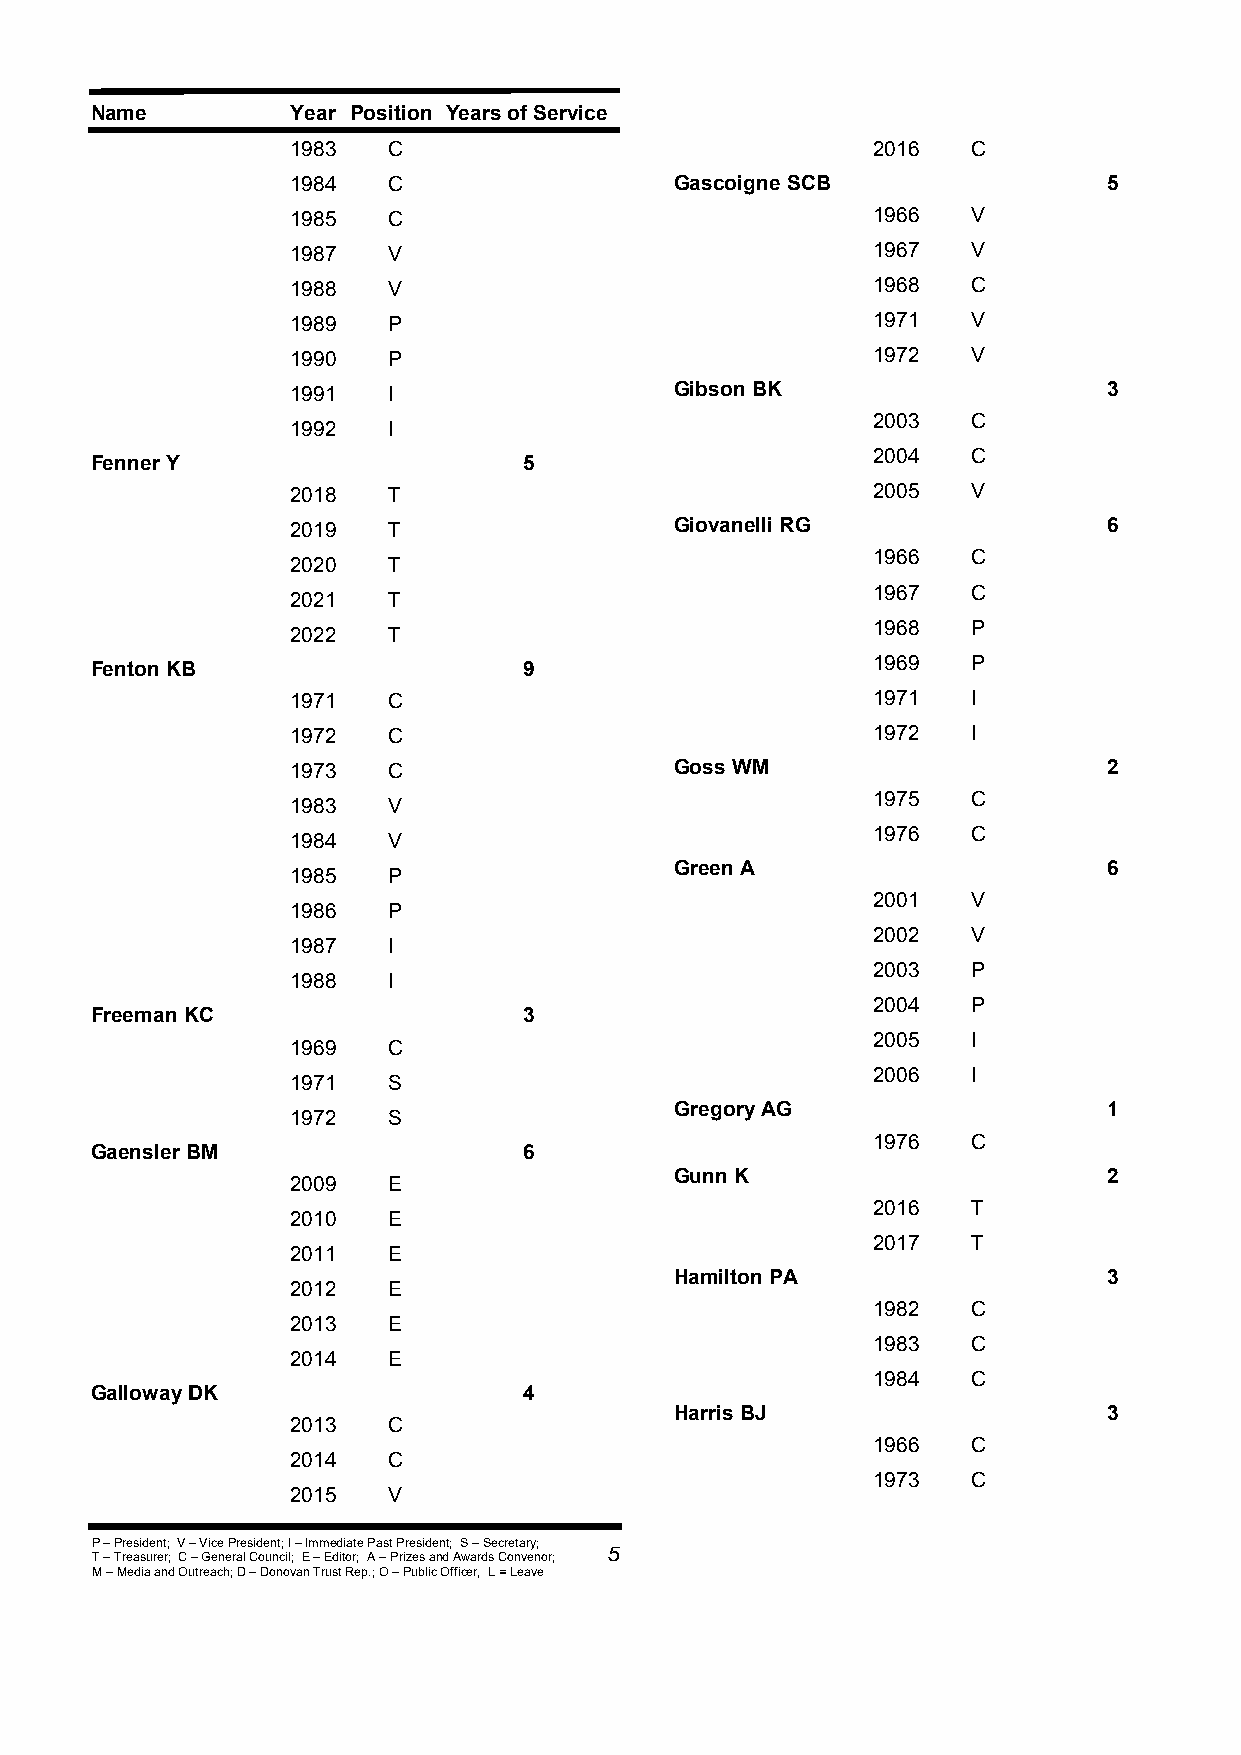
Name         Year Position Years of Service
 1983   C                               2016  C
 1984   C                  Gascoigne SCB               5
 1985   C                               1966  V
 1987   V                               1967  V
 1988   V                               1968  C
 1989   P                               1971  V
 1990   P                               1972  V
 1991   I                  Gibson BK                   3
 2003  C
 1992   I
 2004  C
 Fenner Y                     5
 2018   T                               2005  V
 2019   T                  Giovanelli RG               6
 1966  C
 2020   T
 1967  C
 2021   T
 1968  P
 2022   T
 1969  P
 Fenton KB                    9
 1971   C                               1971  I
 1972   C                               1972  I
 1973   C                  Goss WM                     2
 1975  C
 1983   V
 1976  C
 1984   V
 Green A                     6
 1985   P
 2001  V
 1986   P
 2002  V
 1987   I
 2003  P
 1988   I
 2004  P
 Freeman KC                   3
 2005  I
 1969   C
 2006  I
 1971   S
 Gregory AG                  1
 1972   S
 1976  C
 Gaensler BM                  6
 Gunn K                      2
 2009   E
 2016  T
 2010   E
 2017  T
 2011   E
 Hamilton PA                 3
 2012   E
 1982  C
 2013   E
 1983  C
 2014   E
 1984  C
 Galloway DK                  4
 Harris BJ                   3
 2013   C
 1966  C
 2014   C
 1973  C
 2015   V
 P – President; V – Vice President; I – Immediate Past President; S – Secretary;
 5
 T – Treasurer; C – General Council; E – Editor; A – Prizes and Awards Convenor;
 M – Media and Outreach; D – Donovan Trust Rep.; O – Public Officer, L = Leave